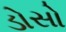
ડોસો